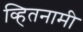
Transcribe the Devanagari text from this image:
व्हितनामी